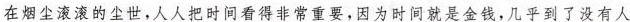
在烟尘滚滚的尘世，人人把时间看得非常重要，因为时间就是金钱，几乎到了没有人